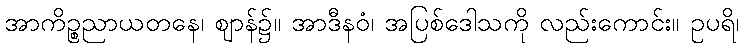
အာကိဉ္စညာယတနေ၊ ဈာန်၌။ အာဒီနဝံ၊ အပြစ်ဒေါသကို လည်းကောင်း။ ဥပရိ၊